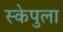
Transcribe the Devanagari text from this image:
स्केपुला